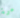
مرة